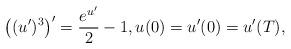
LaTeX: \begin{align*}\left((u')^{3}\right)' = \frac{e^{u'}}{2} -1, u(0)=u'(0)=u'(T),\end{align*}